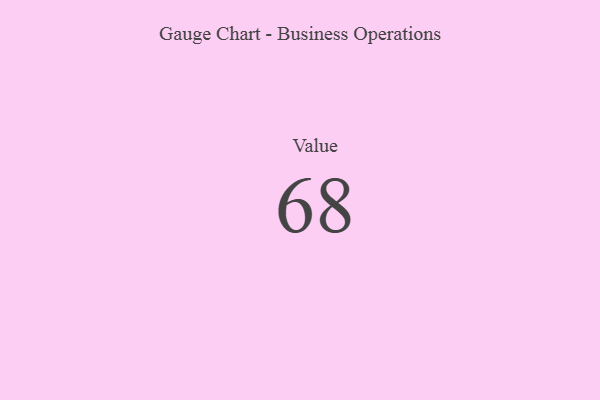
{"axis": {"x": "Metric", "y": "Value"}, "legend": [""], "data": [{"x": "Value", "y": 68, "type": ""}]}